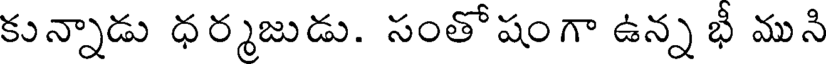
కున్నాడు ధర్మజుడు. సంతోషంగా ఉన్న భీ ముని